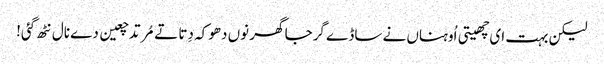
لیکن بہت ای چھیتی اُوہناں نے ساڈے گرجا گھر نوں دھوکہ دِتا تے مُرتد چعین دے نال نٹھ گئی!